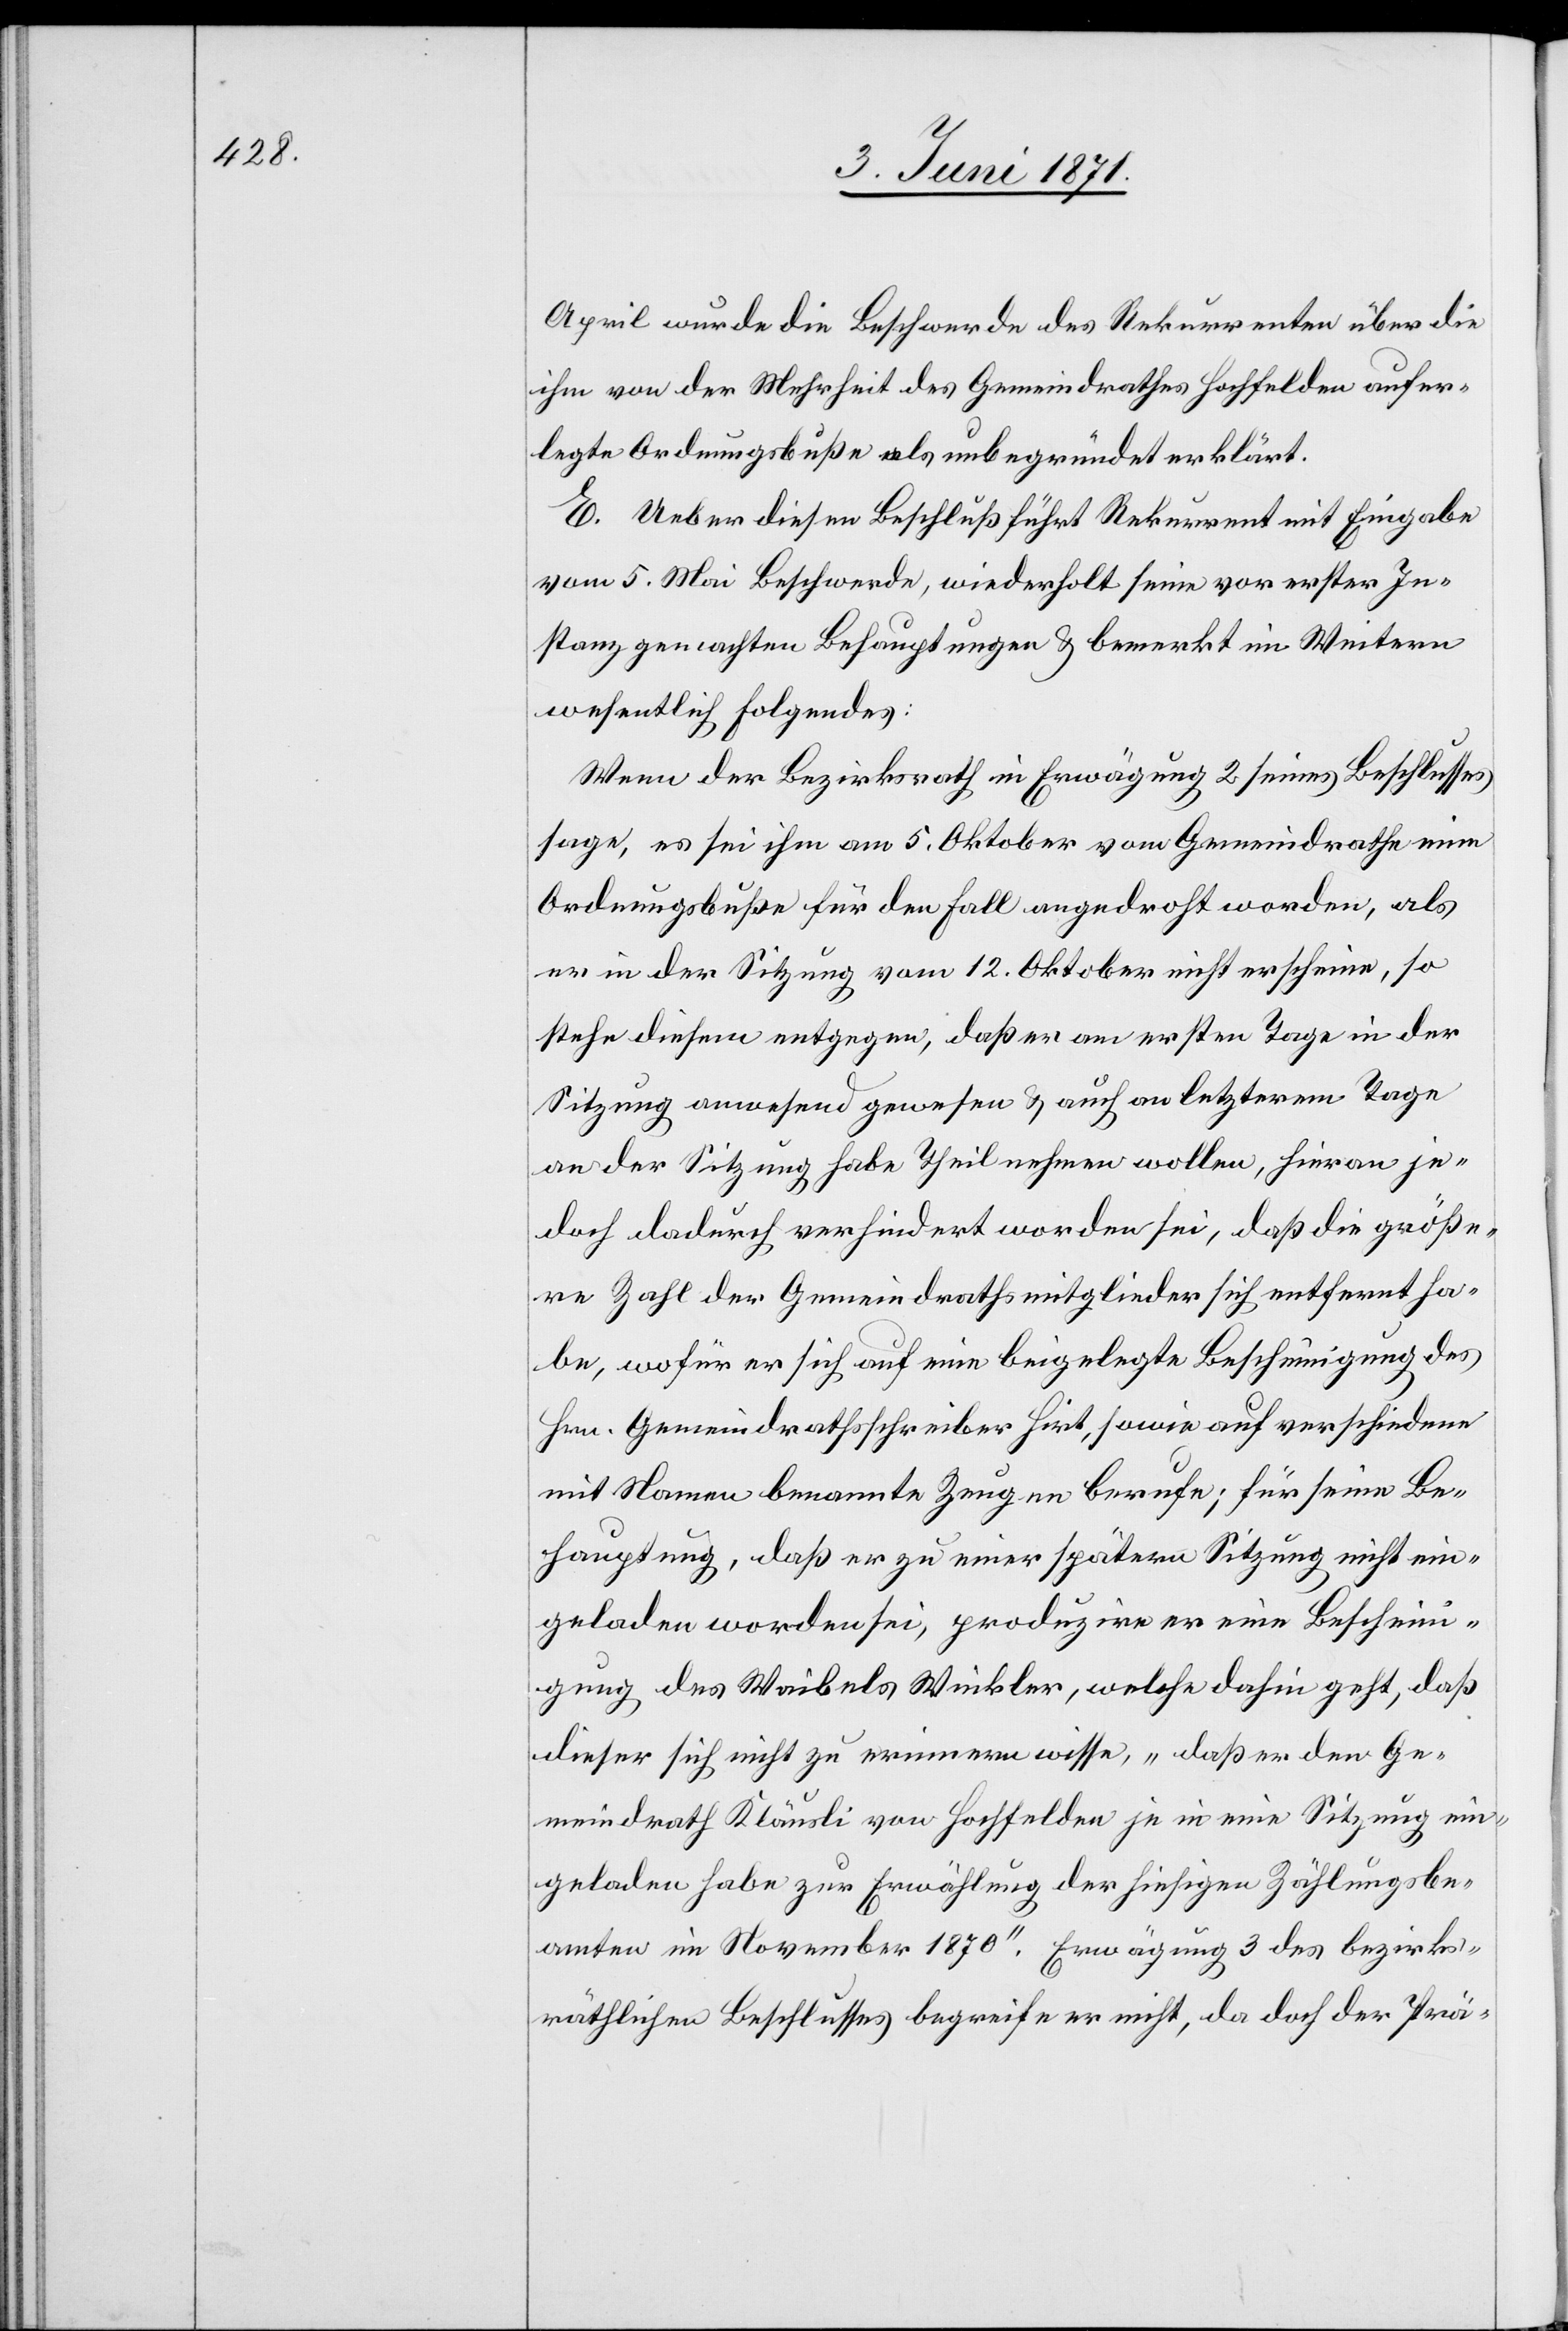
April wurde die Beschwerde des Rekurrenten über die
ihm von der Mehrheit des Gemeindrathes Hochfelden aufer¬
legte Ordnungsbuße als unbegründet erklärt.
E. Ueber diesen Beschluß führt Rekurrent mit Eingabe
vom 5. Mai Beschwerde, wiederholt seine vor erster In¬
stanz gemachten Behauptungen u. bemerkt im Weitern
wesentlich Folgendes:
Wenn der Bezirksrath in Erwägung 2 seines Beschlusses
sage, es sei ihm am 5. Oktober vom Gemeindrathe eine
Ordnungsbuße für den Fall angedroht worden, als
er in der Sitzung vom 12. Oktober nicht erscheine, so
stehe diesem entgegen, daß er am ersten Tage in der
Sitzung anwesend gewesen u. auch an letzterem Tage
an der Sitzung habe Theil nehmen wollen, hieran je¬
doch dadurch verhindert worden sei, daß die größe¬
re Zahl der Gemeindrathsmitglieder sich entfernt ha¬
be, wofür er sich auf eine beigelegte Bescheinigung des
Hrn. Gemeindrathsschreiber Hirt, sowie auf verschiedene
mit Namen benannte Zeugen berufe; für seine Be¬
hauptung, daß er zu einer spätern Sitzung nicht ein¬
geladen worden sei, produzire er eine Beschein¬
igung des Waibels Winkler, welche dahin geht, daß
dieser sich nicht zu erinnern wisse, „daß er den Ge¬
meindrath Kläusli von Hochfelden je in eine Sitzung ein¬
geladen habe zur Erwählung der hiesigen Zählungsbe¬
amten im November 1870“. Erwägung 3 des bezirks¬
räthlichen Beschlusses begreife er nicht, da doch der Prä-